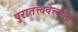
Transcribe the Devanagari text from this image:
पुरातत्त्ववेत्त्याला